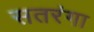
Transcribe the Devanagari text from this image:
सतरंगा